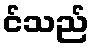
င်သည်